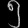
Digit: ၅